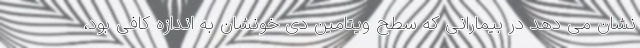
نشان می دهد در بیمارانی که سطح ویتامین دی خونشان به اندازه کافی بود،